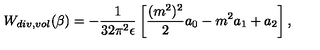
W _ { d i v , v o l } ( \beta ) = - { \frac { 1 } { 3 2 \pi ^ { 2 } \epsilon } } \left[ { \frac { ( m ^ { 2 } ) ^ { 2 } } { 2 } } a _ { 0 } - m ^ { 2 } a _ { 1 } + a _ { 2 } \right] ,